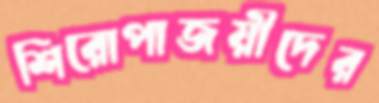
শিরোপাজয়ীদের